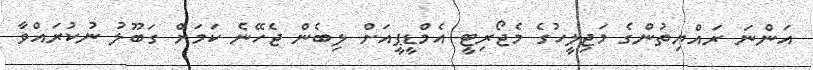
އަންނަ ރައްޔިތުންގެ މަޖިލީހުގެ މެޖޯރިޓީ އެމްޑީޕީއަށް ލިބެން ޖެހޭނެ ކަމަށް ގަބޫލު ނުކުރައްވާ